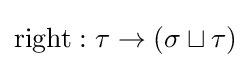
\mathrm {right} :\tau \to (\sigma \sqcup \tau )